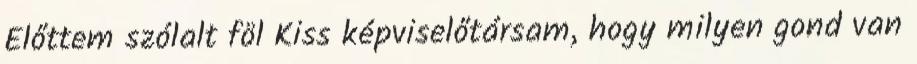
Előttem szólalt föl Kiss képviselőtársam, hogy milyen gond van